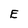
Character: E